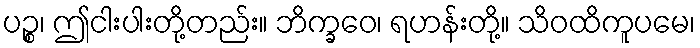
ပဉ္စ၊ ဤငါးပါးတို့တည်း။ ဘိက္ခဝေ၊ ရဟန်းတို့။ သိဝထိကူပမေ၊